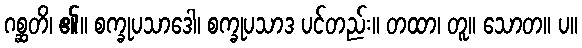
ဂစ္ဆတိ၊ ၏။ စက္ခုပသာဒေါ၊ စက္ခုပသာဒ ပင်တည်း။ တထာ၊ တူ။ သောတ။ ပ။